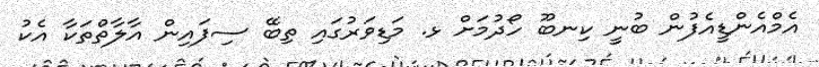
އެމްއެންޑީއެފުން ބުނީ ކިނބޫ ހޯދުމަށް ޅ. މަޑިވަރުގައި ތިބޭ ސިފައިން އާލާތްތަކާ އެކު